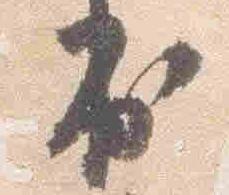
出